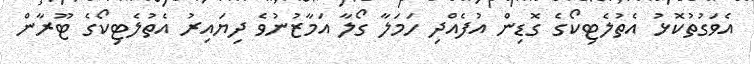
އެވަގުތުކޮޅު އެތުލެޓިކޯގެ ގޮޑިން އުފެއްދި ހަމަލާ ގޯލާ އަމާޒުނުވެ ދިޔައިރު އެތުލެޓިކޯގެ ޓޫރާން